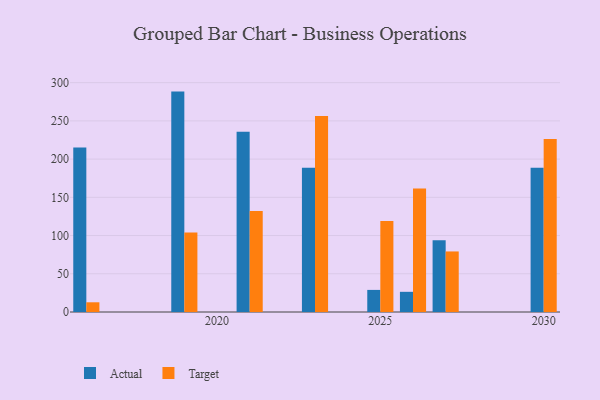
{"axis": {"x": "Year", "y": "Waste Production (Tons)"}, "legend": ["Actual", "Target"], "data": [{"x": "2019", "y": 288.3, "type": "Actual"}, {"x": "2019", "y": 103.9, "type": "Target"}, {"x": "2026", "y": 26.4, "type": "Actual"}, {"x": "2026", "y": 161.7, "type": "Target"}, {"x": "2021", "y": 235.7, "type": "Actual"}, {"x": "2021", "y": 132.1, "type": "Target"}, {"x": "2025", "y": 28.9, "type": "Actual"}, {"x": "2025", "y": 119.1, "type": "Target"}, {"x": "2027", "y": 93.9, "type": "Actual"}, {"x": "2027", "y": 79.2, "type": "Target"}, {"x": "2030", "y": 188.8, "type": "Actual"}, {"x": "2030", "y": 226.3, "type": "Target"}, {"x": "2023", "y": 188.7, "type": "Actual"}, {"x": "2023", "y": 256.4, "type": "Target"}, {"x": "2016", "y": 215.3, "type": "Actual"}, {"x": "2016", "y": 12.7, "type": "Target"}]}